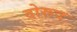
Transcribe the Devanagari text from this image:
दोरूद